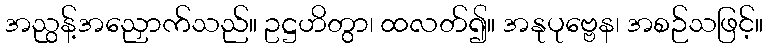
အညွန့်အညှောက်သည်။ ဥဋ္ဌဟိတွာ၊ ထလတ်၍။ အနုပုဗ္ဗေန၊ အစဉ်သဖြင့်။